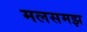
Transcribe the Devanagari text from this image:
मलसमझ